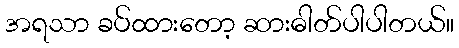
အရသာ ခပ်ထားတော့ ဆားဓါတ်ပါပါတယ်။